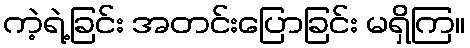
ကဲ့ရဲ့ခြင်း အတင်းပြောခြင်း မရှိကြ။